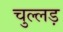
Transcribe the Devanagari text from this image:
चुल्लड़